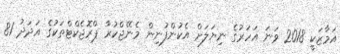
އަމާޒަކީ 2018 ވަނަ އަހަރުގެ ނިޔަލަށް އެކުންފުނިން މެނޭޖްކުރާ ޕްރޮޖެކްޓްތަކުގެ އަދަދު 81